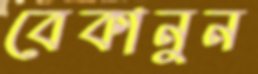
বেকানুন